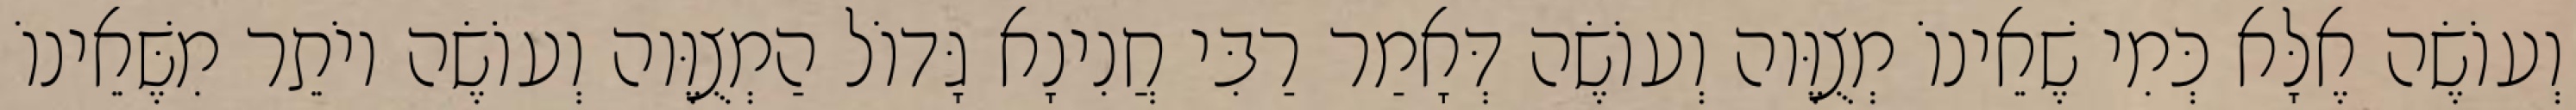
וְעוֹשֶׂה אֶלָּא כְּמִי שֶׁאֵינוֹ מְצֻוֶּוה וְעוֹשֶׂה דְּאָמַר רַבִּי חֲנִינָא גָּדוֹל הַמְצֻוֶּוה וְעוֹשֶׂה יוֹתֵר מִשֶּׁאֵינוֹ